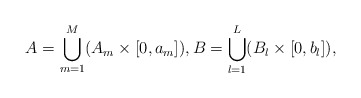
\begin{align*} A = \bigcup_{m = 1}^M (A_m \times [0,a_m]), B= \bigcup_{l=1}^L(B_l \times [0,b_l]), \end{align*}